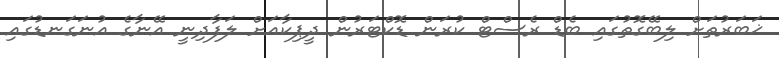
ޚަބަރުތަށް ލިބޭގޮތުގައި ބެޑް ރެސްޓް ކުރަން ޑޮކްޓަރުން ދީޕިކާއަށް ލަފާދިނީ އޭނާގެ އުނަގަނޑުގައި